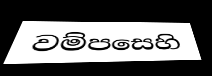
වම්පසෙහි